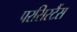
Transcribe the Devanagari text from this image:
परसिस्टैंस